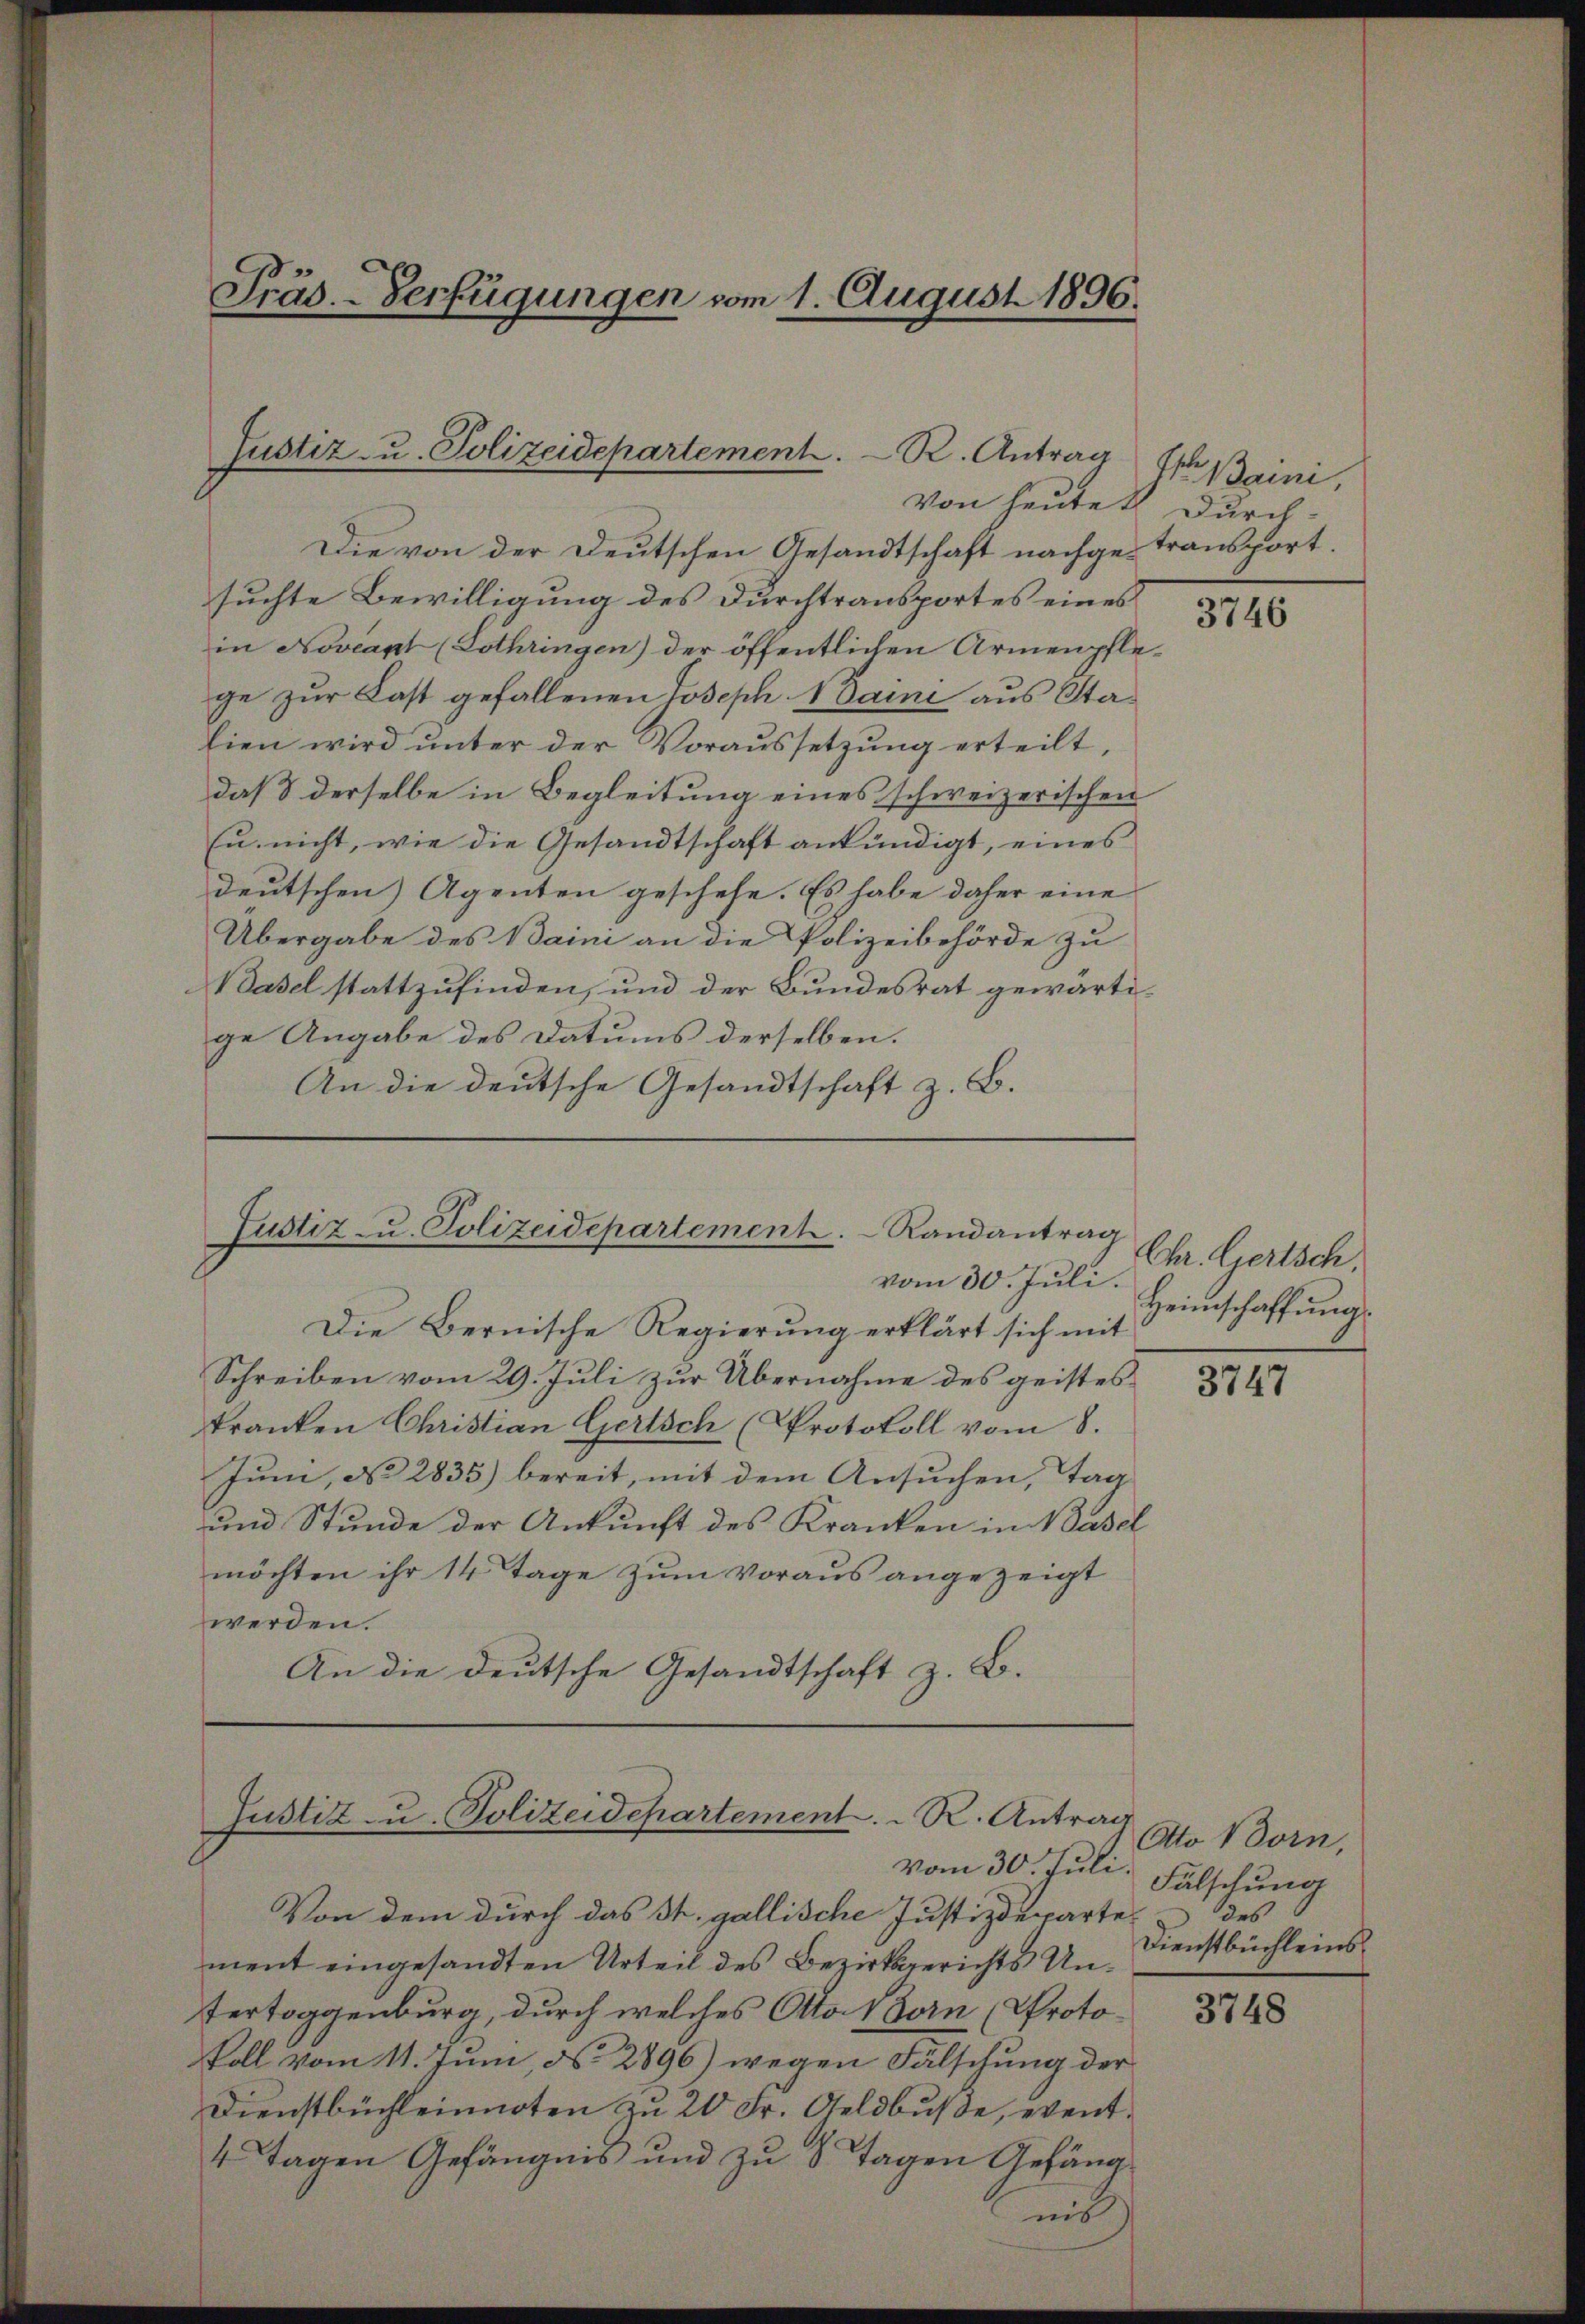
Präs.-Verfügungen vom 1. August 1896.

von heutet durch
Die von der Deutschen Gesandtschaft nachgesuchte Bewilligung des Durchtransportes eines
in Novcapt (Lothringen) der öffentlichen Armenpfle-
ge zur Last gefallenen Joseph Samni aus Stalien wird unter der Voraussetzung erteilt,
das 8 derselbe in Begleitung eines schweizerischen
Eu. nicht, wie die Gesandtschaft ankündigt, eines
deutschen Agenten geschehe. Es habe daher eine
Übergabe des Baini an die Polizeibehörde zu
Basel stattzufinden, und der Bundesrat gewärtige Angabe des Datums derselben.
An die deutsche Gesandtschaft z. B.

Justiz u. Polizeidepartement. R. Antrag

Justiz u. Polizeidepartement. Randantrag
vom 30. Juli.

Die Bernische Regierung erklärt sich mit
Schreiben vom 29. Juli zur Übernahme des geistes
kranken Christian Gertsch (Protokoll vom 8.
Juni, No 2835) bereit, mit dem Ansuchen, Tag
und Stunde der Ankunft des Kranken in Basel
möchten ihr 14 Tage zŭm voraus angezeigt
werden.
An die deutsche Gesandtschaft z. B.

Justiz u. Polizeidepartement.  ..  R. Antrag

vom 30. Juli.
Von dem durch das St. gallische Justizdeparte
ment eingesandten Urteil des Bezirksgerichts Untertoggenburg, durch welches Otto 1 Forn (Protokoll vom 11. Juni No 2896) wegen Fälschung der
Dienstbüchleinnoten zu 20 Fr. Geldbuße, event¬
4. Tagen Gefängnis und zu 8 Tagen Gefängnis

Ite pain,
transport.

3746

Chr. Gertsch,
Heimschaffung

3747

Otto Born
Fälschung
des
Dienstbüchleins.

3748